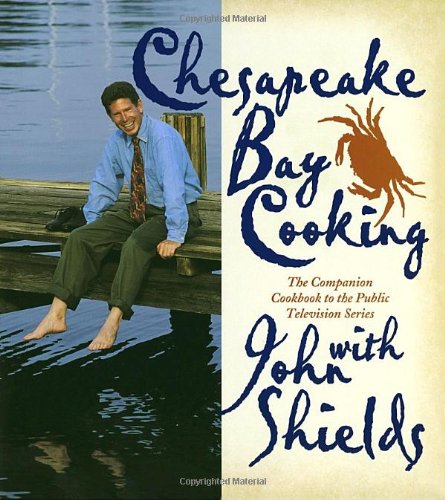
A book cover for Chesapeake Bay Cooking: The Companion Cookbook to the Public Television Series; John Shields; Cookbooks, Food & Wine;